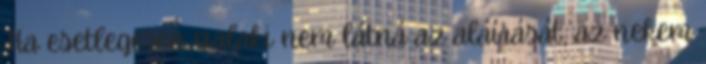
Ha esetlegesen valaki nem látná az aláírását, az nekem